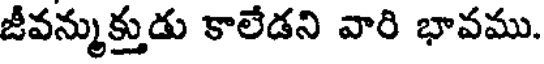
జీవన్ముక్తుడు కాలేడని వారి భావము.